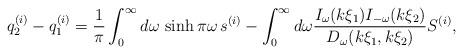
LaTeX: \begin{align*}q_{2}^{(i)}-q_{1}^{(i)}=\frac{1}{\pi }\int_{0}^{\infty }d\omega\,\sinh \pi \omega \,s^{(i)}-\int_{0}^{\infty }d\omega\frac{I_{\omega }(k\xi _{1})I_{-\omega }(k \xi _{2})}{D_{\omega}(k\xi _{1},k\xi _{2})}S^{(i)}, \end{align*}